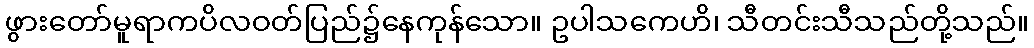
ဖွားတော်မူရာကပိလဝတ်ပြည်၌နေကုန်သော။ ဥပါသကေဟိ၊ သီတင်းသီသည်တို့သည်။